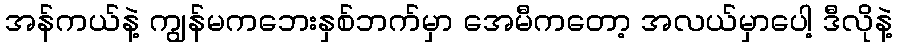
အန်ကယ်နဲ့ ကျွန်မကဘေးနှစ်ဘက်မှာ အေမီကတော့ အလယ်မှာပေါ့ ဒီလိုနဲ့